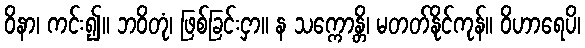
ဝိနာ၊ ကင်း၍။ ဘဝိတုံ၊ ဖြစ်ခြင်းငှာ။ န သက္ကောန္တိ၊ မတတ်နိုင်ကုန်။ ဝိဟာရေပိ၊